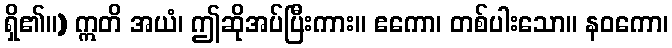
ရှိ၏။) ဣတိ အယံ၊ ဤဆိုအပ်ပြီးကား။ ဧကော၊ တစ်ပါးသော။ နဝကော၊